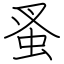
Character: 蚤